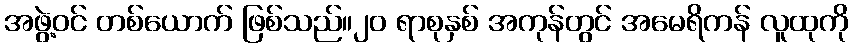
အဖွဲ့ဝင် တစ်ယောက် ဖြစ်သည်။၂၀ ရာစုနှစ် အကုန်တွင် အမေရိကန် လူထုကို